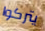
يتركوا